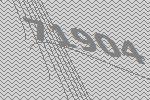
71904